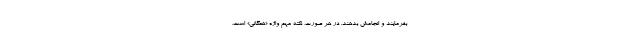
بفرمایند و انجامش بدهند. در هر صورت، نکتهٔ مهم واژهٔ «همگانی» است.